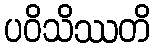
ပဝိသိဿတိ